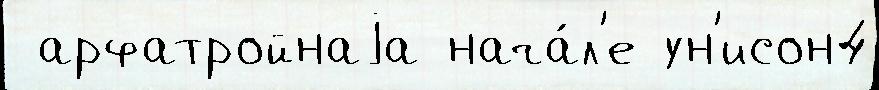
 арфатройнаjа нача́л'е ун'исон4